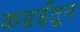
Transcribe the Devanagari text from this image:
कढईतून